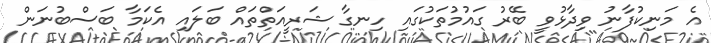
އެ މަނިކުފާނު ވިދާޅުވީ ބޭރު ގައުމުތަކުގައި ހިނގާ ޝަރީއަތްތައް ބަލައި އެކަމާ ބަސްބުނަން